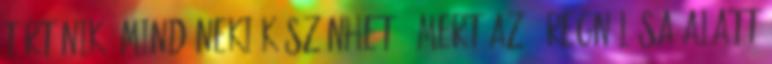
történik, mind neki köszönhető, mert az ő regnálása alatt